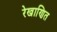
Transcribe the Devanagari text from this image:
रेखाणित